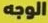
الوجه